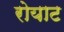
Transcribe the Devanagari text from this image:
रोयाट